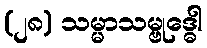
(၂၈) သမ္မာသမ္ဗုဒ္ဓေါ